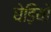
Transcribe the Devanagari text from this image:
घेड़ियों